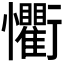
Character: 𭟨